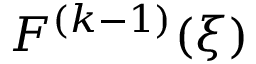
F ^ { ( k - 1 ) } ( \xi )